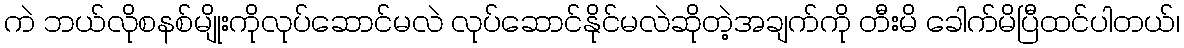
ကဲ ဘယ်လိုစနစ်မျိုးကိုလုပ်ဆောင်မလဲ လုပ်ဆောင်နိုင်မလဲဆိုတဲ့အချက်ကို တီးမိ ခေါက်မိပြီထင်ပါတယ်၊